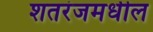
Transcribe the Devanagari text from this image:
शतरंजमधील